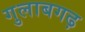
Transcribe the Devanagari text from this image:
गुलाबगढ़